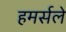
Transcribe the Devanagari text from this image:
हमर्सले